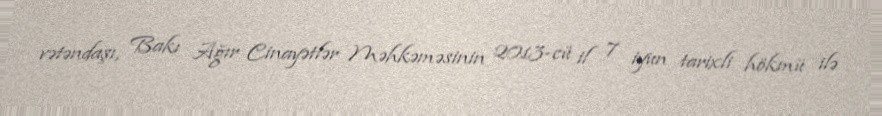
vətəndaşı, Bakı Ağır Cinayətlər Məhkəməsinin 2013-cü il 7 iyun tarixli hökmü ilə